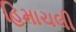
હિમાચલી